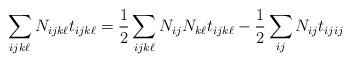
LaTeX: \begin{align*} \sum_{ijk\ell} N_{ijk\ell} t_{ijk\ell} = \frac 12 \sum_{ijk\ell} N_{ij} N_{k\ell} t_{ijk\ell} - \frac 12 \sum_{ij} N_{ij} t_{ijij}\end{align*}